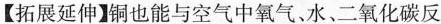
【拓展延伸】也能与空气中氧气、水、二氧化碳反